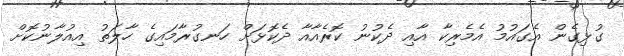
ގުޅިގެން އެގައުމު އެމެރިކާ އާއި ދެކުނު ކޮރެއާއާ ދެކޮޅަށް ހަނގުރާމައިގެ ހާލަތު އިއުލާނުކޮށް